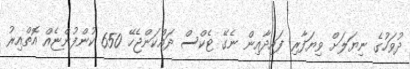
ދުވަހުގެ ނިޔަލަށް ވިޔަފާރި ފައިދާއިން ނެގޭ ޓެކްސް ދައްކަންޖެހޭ 650 ކުންފުންޏެއް އޮތްއިރު